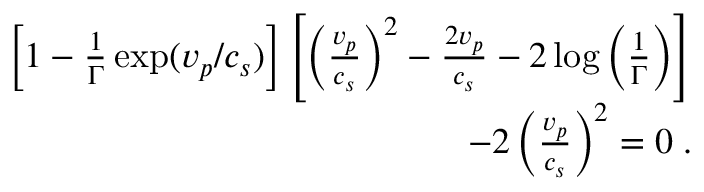
\begin{array} { r } { \left[ 1 - \frac { 1 } { \Gamma } \exp ( v _ { p } / c _ { s } ) \right] \left[ \left( \frac { v _ { p } } { c _ { s } } \right) ^ { 2 } - \frac { 2 v _ { p } } { c _ { s } } - 2 \log \left( \frac { 1 } { \Gamma } \right) \right] } \\ { - 2 \left( \frac { v _ { p } } { c _ { s } } \right) ^ { 2 } = 0 \; . } \end{array}